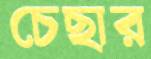
চেছার